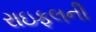
રાઇફલની